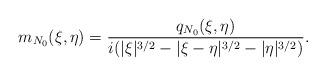
LaTeX: \begin{align*}m_{N_0}(\xi,\eta) = \frac{q_{N_0}(\xi,\eta) }{i(|\xi|^{3/2}-|\xi-\eta|^{3/2}-|\eta|^{3/2})} .\end{align*}